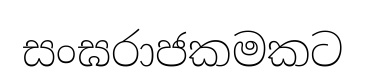
සංඝරාජකමකට